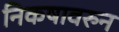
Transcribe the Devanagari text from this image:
निकषावरुन